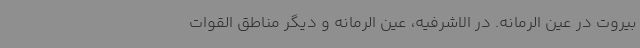
بیروت در عین الرمانه. در الاشرفیه، عین الرمانه و دیگر مناطق القوات